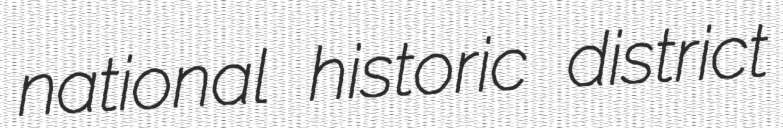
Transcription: national historic district